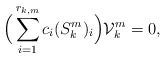
\begin{align*}\Big(\sum_{i=1}^{r_{k,m}}c_i(S^m_k)_i\Big)\mathcal V^m_k=0,\end{align*}